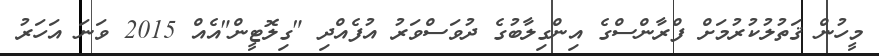
މީހުން ޤަތުލުކުރުމަށް ފްރާންސްގެ އިންގިލާބުގެ ދުވަސްވަރު އުފެއްދި "ގިލޮޓީން"އެއް 2015 ވަނަ އަހަރު